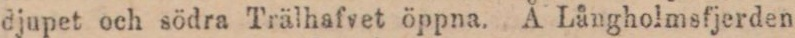
djupet och södra Trälhafvet öppna. Å Långholmsfjerden